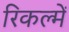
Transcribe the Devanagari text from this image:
रिकल्‍में